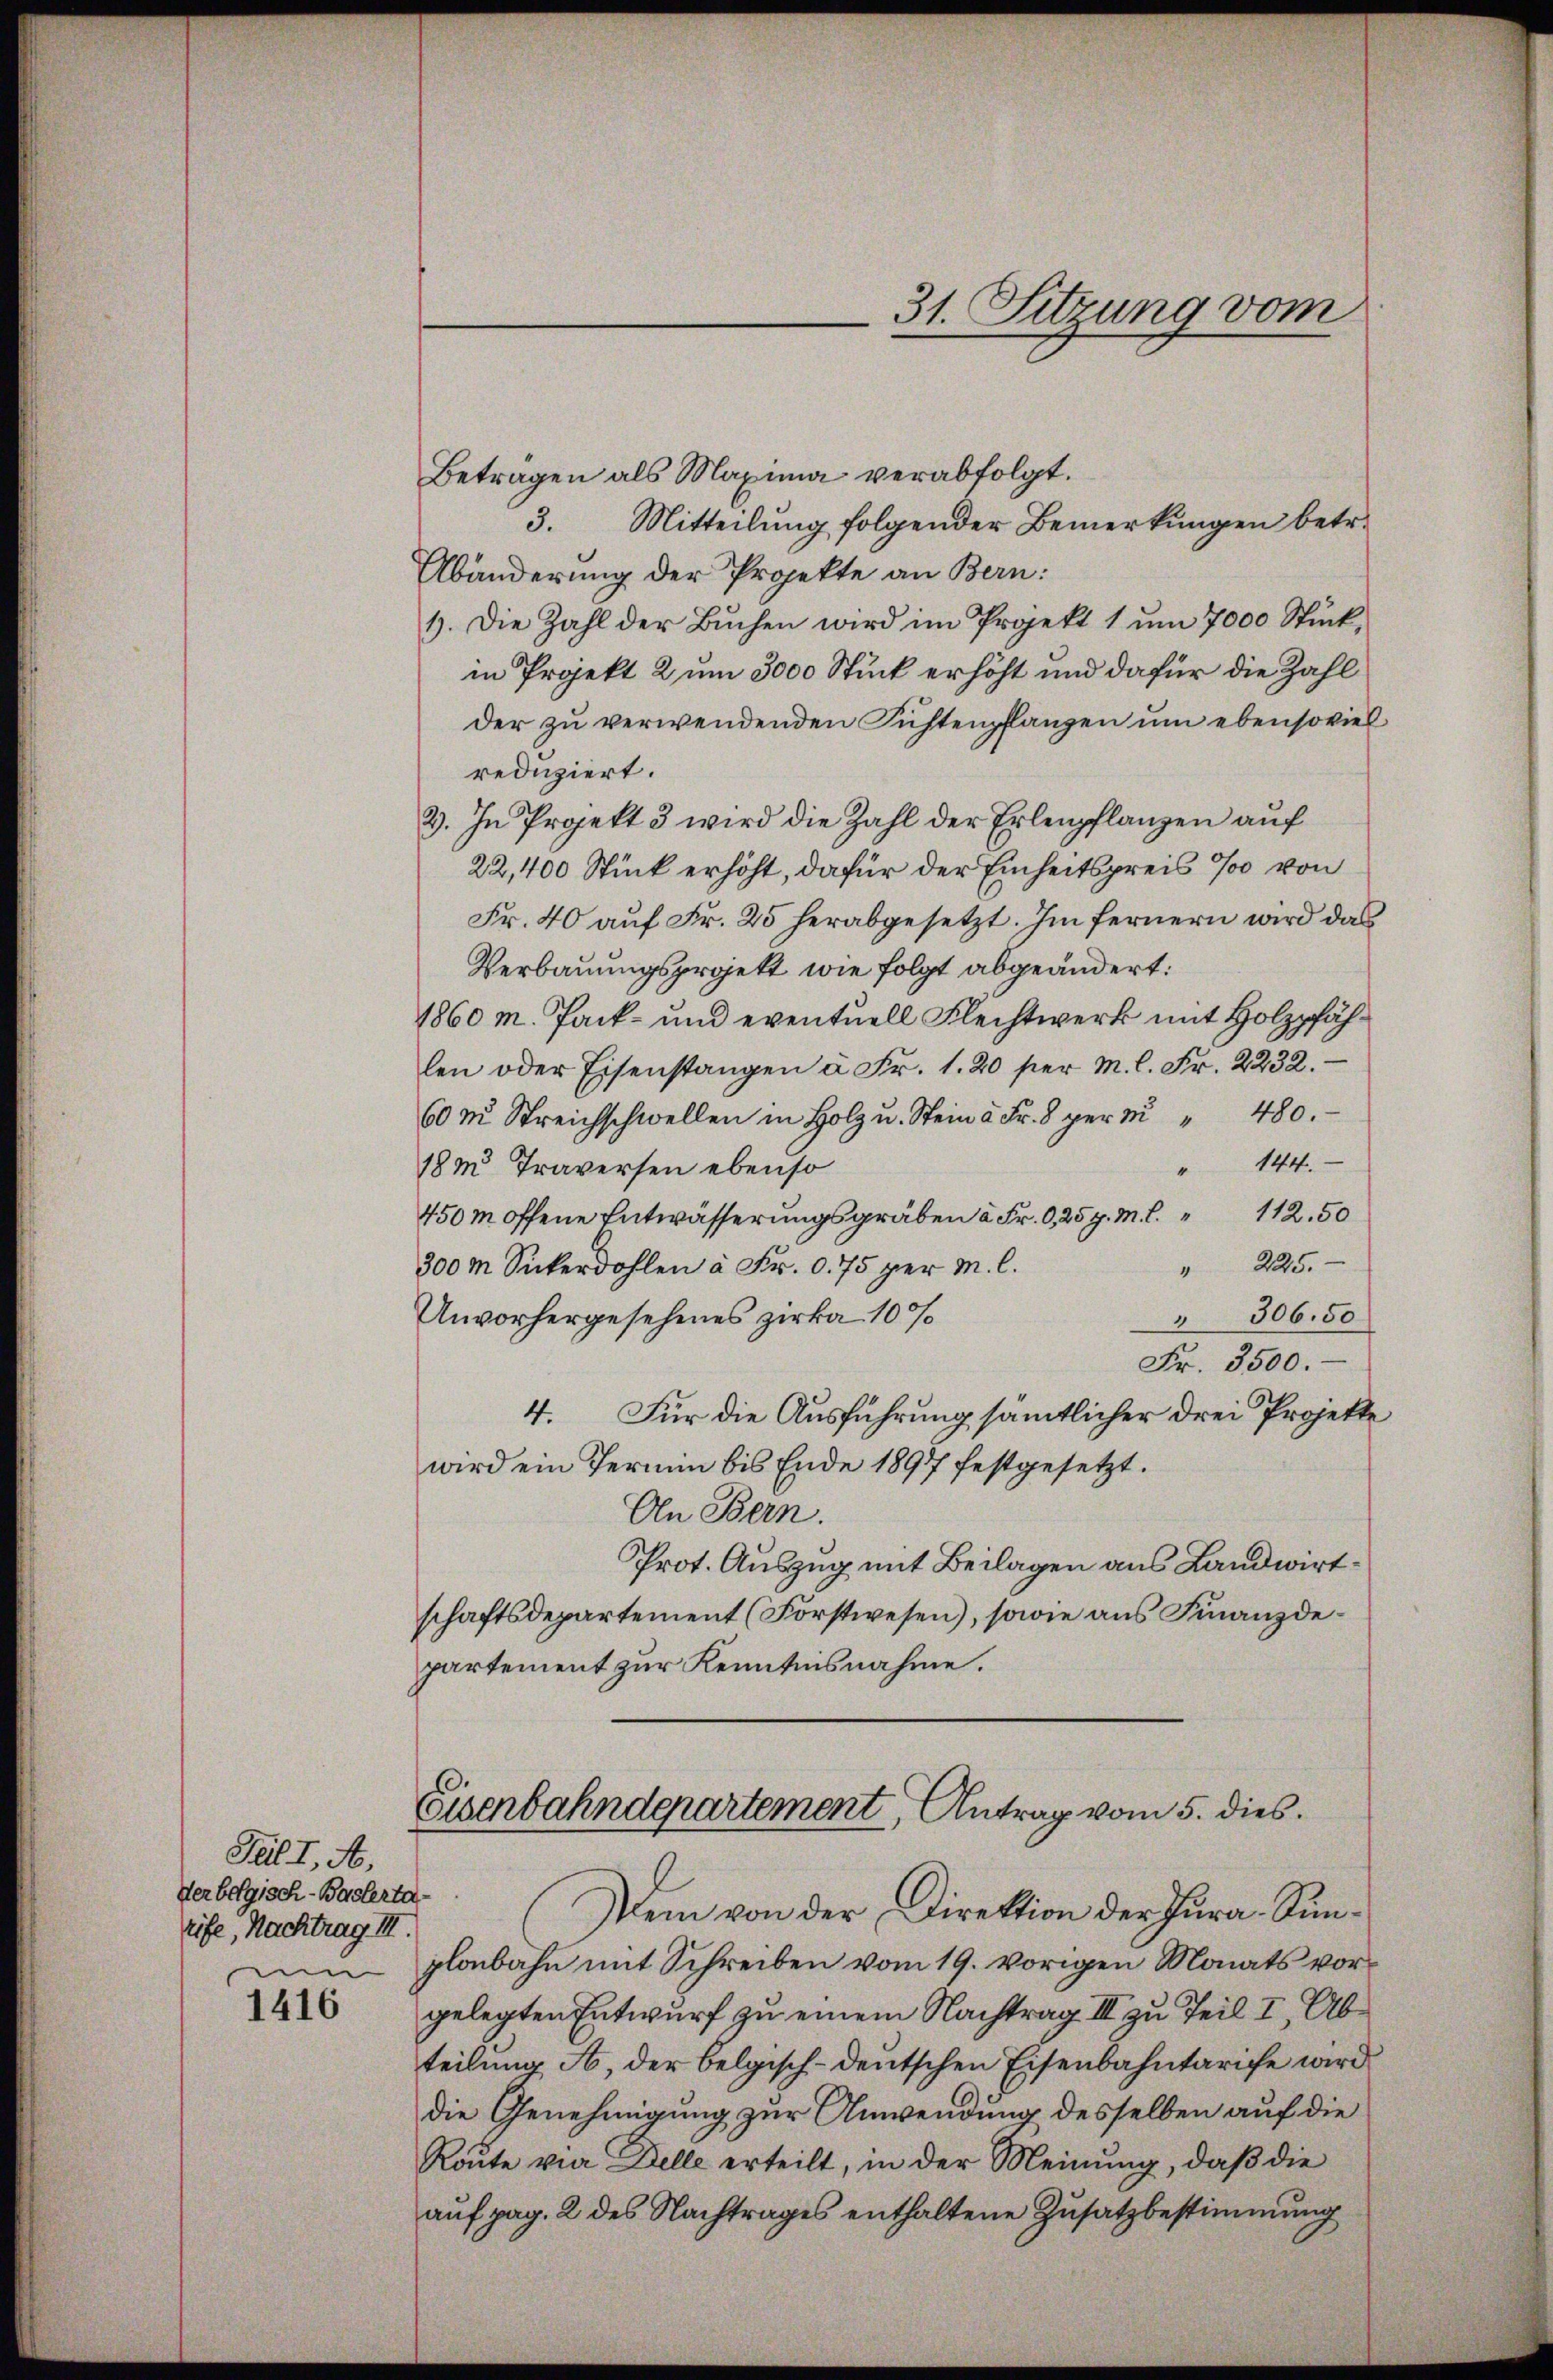
Pal I, A.
Verbelgisch-Baslerta-
rife, Nachtrag III.
um

1416

Beträgen als Maxima verabfolgt.
3. Mitteilŭng folgender Bemerkŭngen betr.
Abänderung der Projekte an Bern:
1. Die Zahl der Bŭchen wird im Projekt 1 ŭm 7000 Stück-
in Projekt 2 um 3000 Stück erhöht und dafür die Zahl
der zu verwendenden Fichtenpflanzen um ebensoviel
reduziert.
3. In Projekt 3 wird die Zahl der Erlenpflanzen auf
22,400 Stück erhöht, dafür der Einheitspreis % von
Fr. 40 auf Fr. 25 herabgesetzt. Im fernern wird das
Verbauungsprojekt wie folgt abgeändert:
1860 M. Pack- und eventuell Flechtwerk mit Holzpfählen oder Eisenstangen à Fr. 1. 20 per M. l. Fr. 2232.
60m Streichschwellen in Holz u. Stein à Fr. 8 per m " 480.
" 144.
18m Traversen ebenso
450m offene Entwässerŭngsgräben à Fr. 0,25 p. M. C. " 112.50
" 225.
300 m Sickerdohlen à Fr. 0. 75 per M. l.
 306. 50
Unvorhergesehenes zirka 100
Fr. 3500.
4. Für die Ausführung sämmtlicher drei Projekte
wird ein Termin bis Ende 1897 festgesetzt.
An Bern.
Prot. Auszug mit Beilagen aus Landwirtschaftsdepartement (Forstwesen), sowie aus Finanzdepartement zur Kenntnisnahme.

31. Sitzung vom

Eisenbahndepartement, Antrag vom 5. dies

Dem von der Direktion der Jura-Sunplobahn mit Schreiben vom 19. vorigen Monats vorgelegten Entwurf zu einem Nachtrag III zu Teil I, Abteilung A, der belgisch-deutschen Eisenbahntarife wird
die Genehmigung zur Anwendung desselben auf die
Route vier Delle erteilt, in der Meinung, daß die
auf pag. 2 des Nachtrages enthaltene Zusatzbestimmung